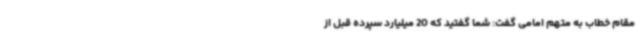
مقام خطاب به متهم امامی گفت: شما گفتید که 20 میلیارد سپرده قبل از